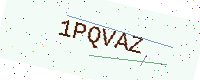
Text: 1PQVAZ